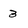
Character: 3